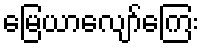
မြေယာလျော်ကြေး